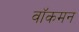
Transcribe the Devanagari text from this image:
वॉकमन